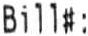
BILL#: